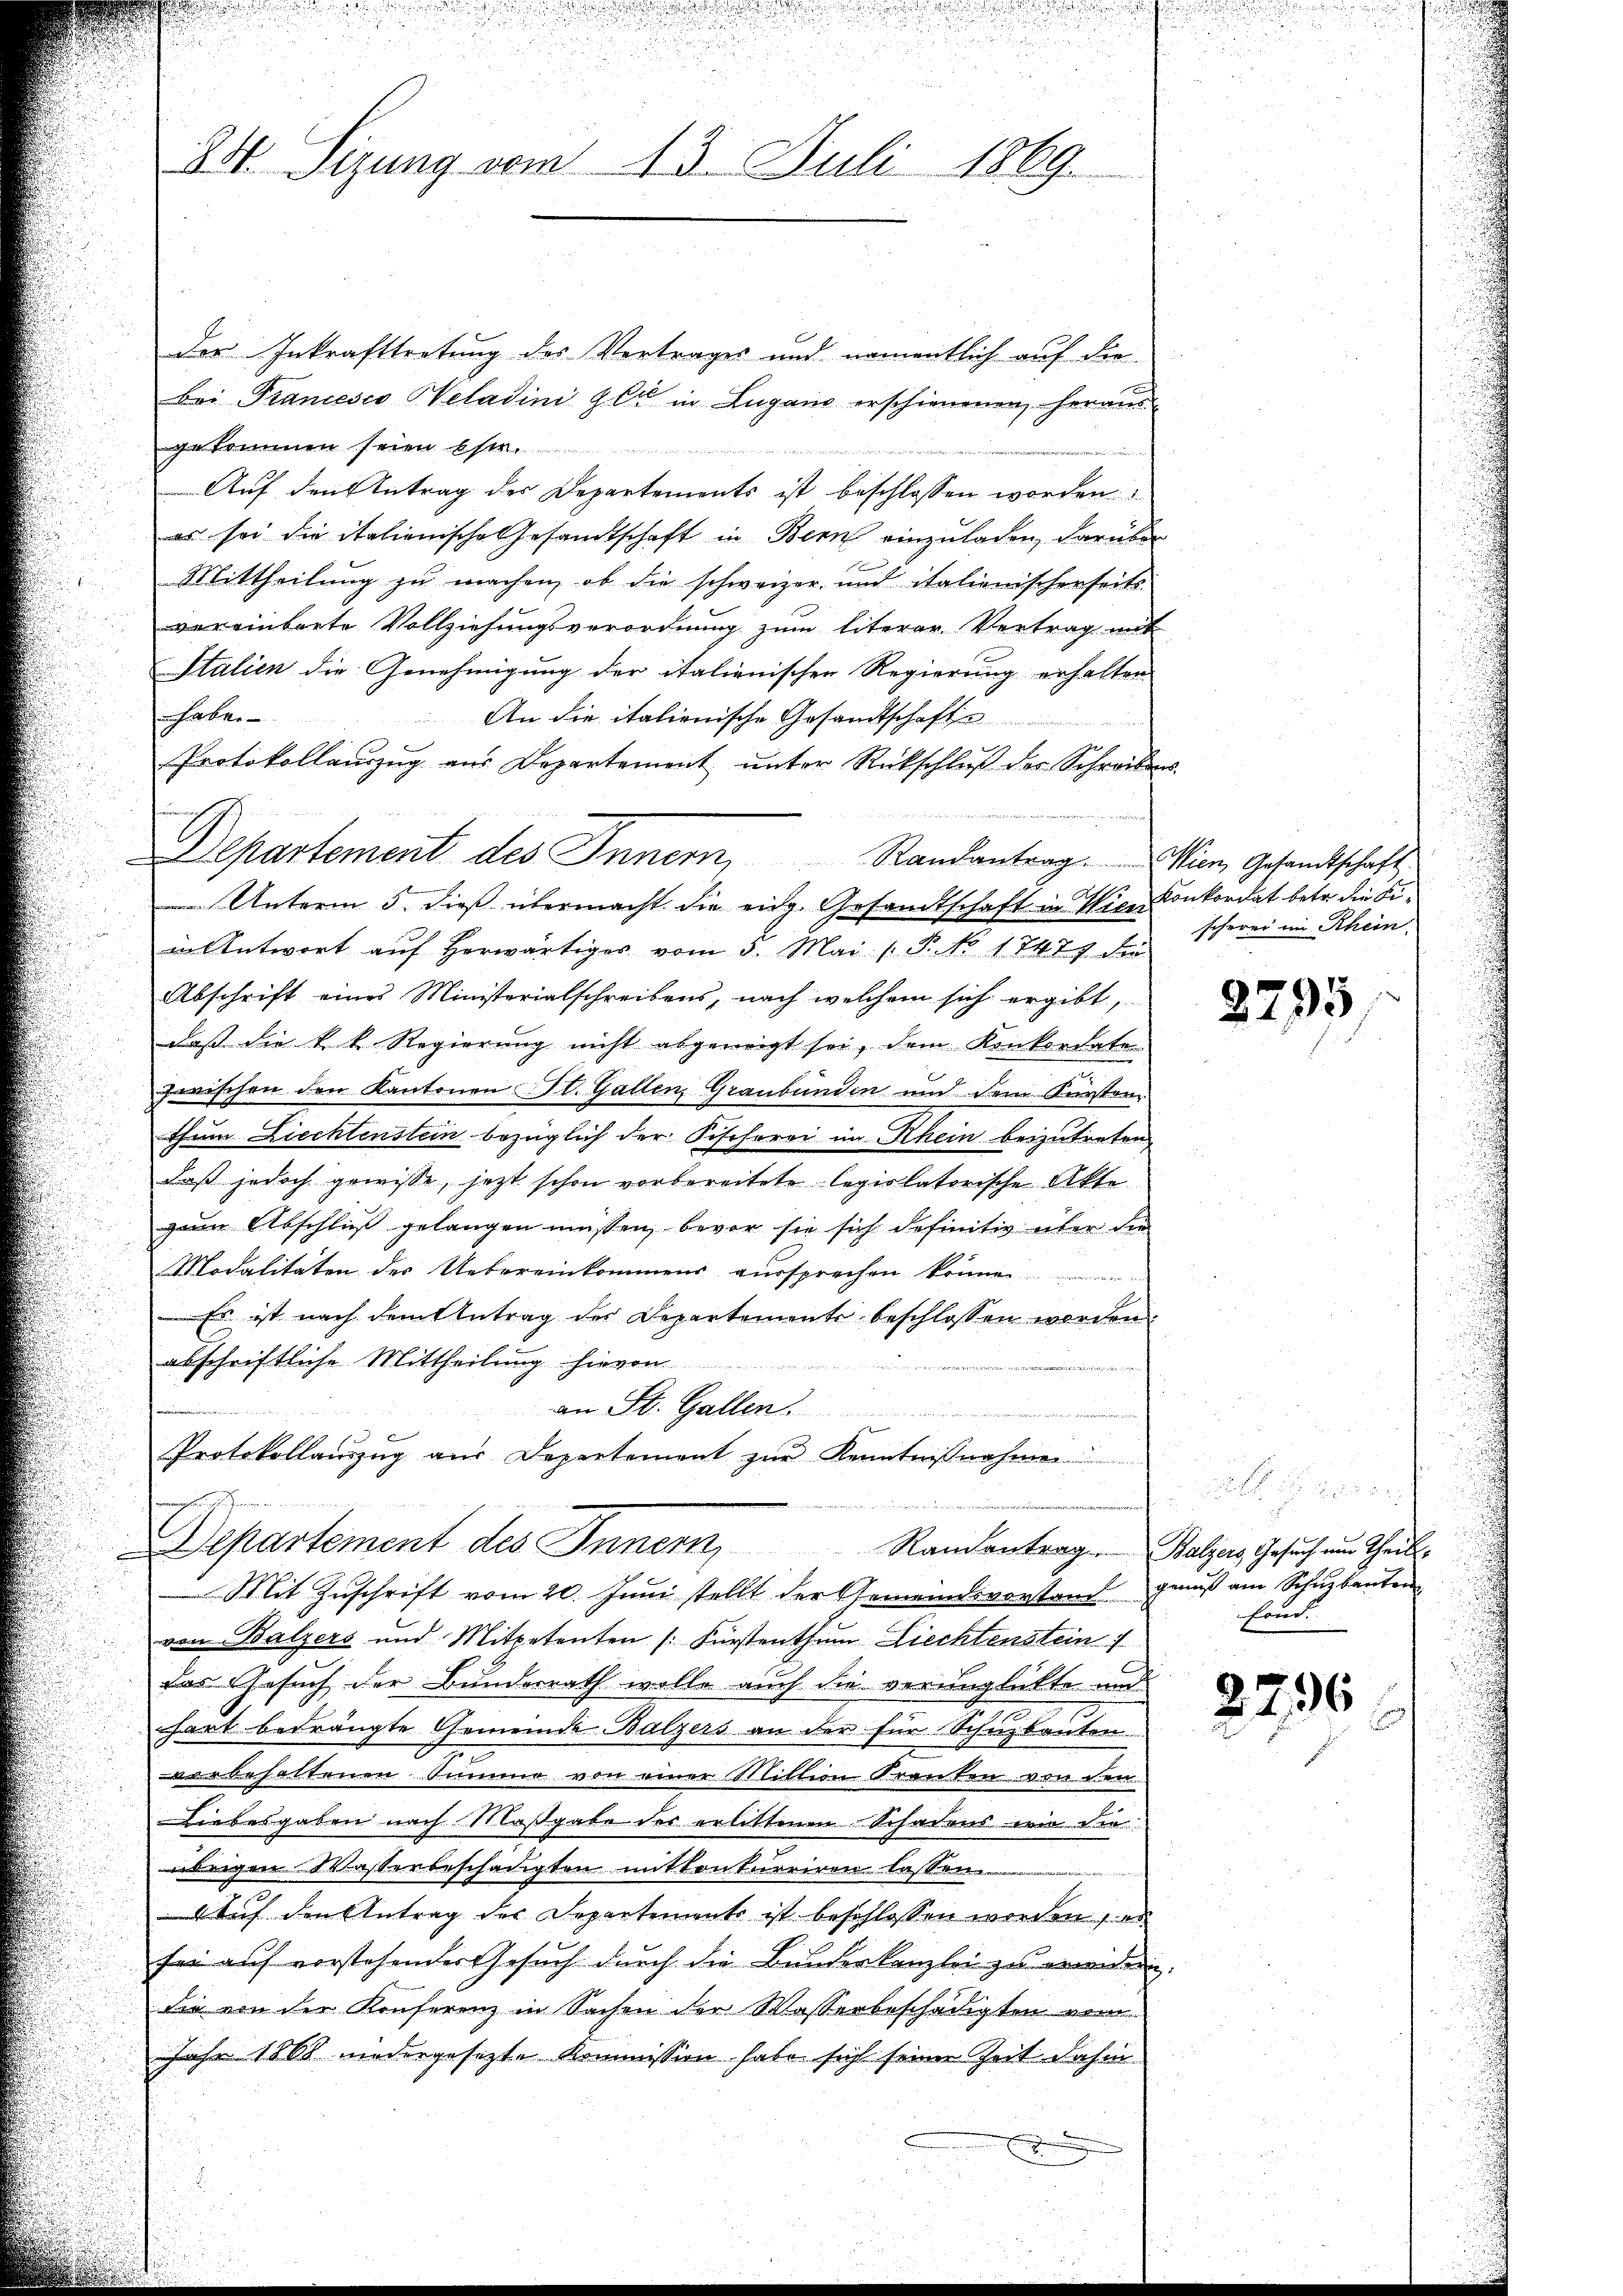
u
230. Sizung vom 15. Juli 1869.

der Inkrafttretung des Vertrages und namentlich auf die
bei Francesco Weladini er in Lugane erschienenen, heraus-
gekommen seien bser.
Auf den Antrag des Departements ist beschlossen worden
es sei die italienische Gesandtschaft in Bern einzuladen, darüber
Mittheilung zu machen, ob die schweizer und italienischerseits
vereinbarte Vollziehungsverordnung zum literer Vertrag mit
Stalien die Genehmigung der italienischen Regierung erhalten
unhalte
An die italienische Gesandtschaften
Protokollaŭszŭg aŭs Departement ŭnter Rückschlŭβ der Schreibens-
Departement des Innern,
Randantrag. Wien Gesandtschaft
15

 Unterm 5. dieß übermacht die eidg. Gesandtschaft in Vice-Konkordat betr. die Fiin Antwort aŭf herwärtiges vom 3. Mai (T. No 1747 die
Abschrift eines Ministerialschreibens, nach welchem sich ergibt,
daß die k. k. Regierung nicht abgeneigt sei, dem Konkordate
zwischen den Kantonen St. Gallen, Graubünden und dem Kürsten
thum Liechtenstein bezüglich der Fischerei im Rhein beizutreten
daß jedoch gewisse, jetzt schon vorbereitete legiolatorische Akte
gan Abschluß gelangen müssen, bevor sie sich definitiv über die
Modalitäten des Uebereinkommens aussprechen
Es ist nach dem Antrag des Departements beschlossen worden.
abschriftliche Mittheilung hievon
n
an St. Gallen.
r
Protokollaŭszŭg aŭs Departement zŭr Kenntnißnahmen
Departement des Innern,
Ramontrag. Balzers Gesuch um Theil¬
Mit Zŭschrift vom 20. Juni stellt der Gemeindsvorstand genuß am Schŭzbauten
von Balzers und Mitpetenten /: Fürstenthum Liechtenstein
das Gesuch der Bunderrath wolle auch die verunglükte und
hart bedrängte Gemeinde Balzers an der für Schuzbanten
vorbehaltenen Summe von einer Mitten Kranken von den
Liebesgaben nach Maßgabe des erlittenen Schadens wie die
übrigen Wasserbeschädigten mitkonkurriren lassen.
4 Auf den Antrag des Departements ist beschlossen worden, an
fer auf vorstehender Gesuch durch die Bunderkanzlei zu erwidern.
die von der Konferenz in Sachen der Wasserbeschädigten vom
Jahr 1868 niedergesetzte Kommission habe sich seiner Zeit dahin

¬

scherei im Rhein

2295

Freud

2796